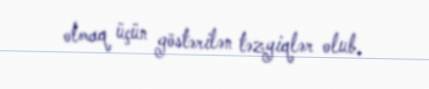
olmaq üçün göstərilən təzyiqlər olub.